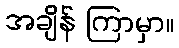
အချိန် ကြာမှာ။